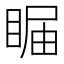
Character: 𥇗